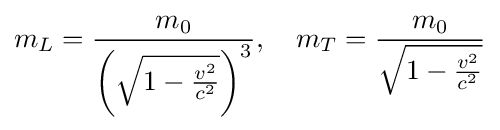
m_{L}={\frac {m_{0}}{\left({\sqrt {1-{\frac {v^{2}}{c^{2}}}}}\right)^{3}}},\quad m_{T}={\frac {m_{0}}{\sqrt {1-{\frac {v^{2}}{c^{2}}}}}}